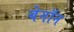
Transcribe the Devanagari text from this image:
बेनॉन